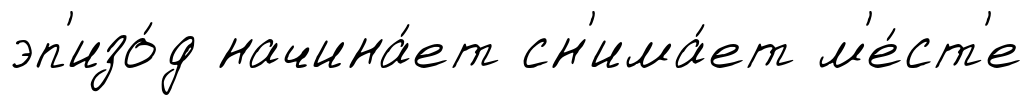
эп'изо́д начина́ет сн'има́ет м'е́ст'е